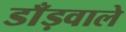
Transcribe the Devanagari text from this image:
डाँड़वाले